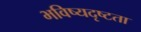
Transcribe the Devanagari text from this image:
भविष्यदृष्टता